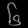
Digit: ၆